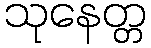
သုနေတ္တ